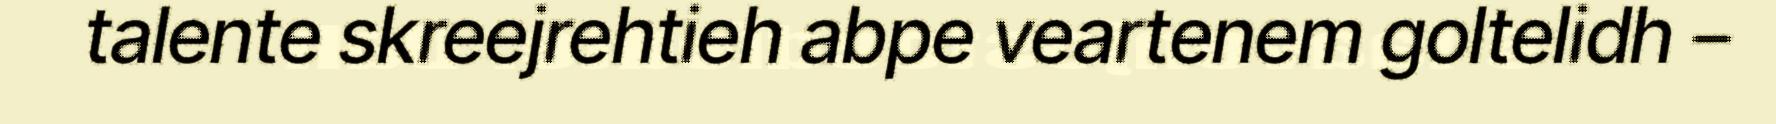
talente skreejrehtieh abpe veartenem goltelidh –